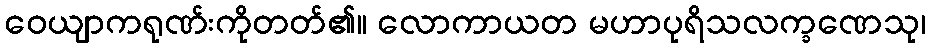
ဝေယျာကရုဏ်းကိုတတ်၏။ လောကာယတ မဟာပုရိသလက္ခဏေသု၊